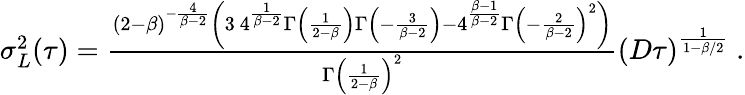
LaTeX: \begin{array}{r}{\sigma_{L}^{2}(\tau)=\frac{(2-\beta)^{-\frac{4}{\beta-2}}\left(3\ 4^{\frac{1}{\beta-2}}\Gamma\left(\frac{1}{2-\beta}\right)\Gamma\left(-\frac{3}{\beta-2}\right)-4^{\frac{\beta-1}{\beta-2}}\Gamma\left(-\frac{2}{\beta-2}\right)^{2}\right)}{\Gamma\left(\frac{1}{2-\beta}\right)^{2}}(D\tau)^{\frac{1}{1-\beta/2}}\ .}\end{array}